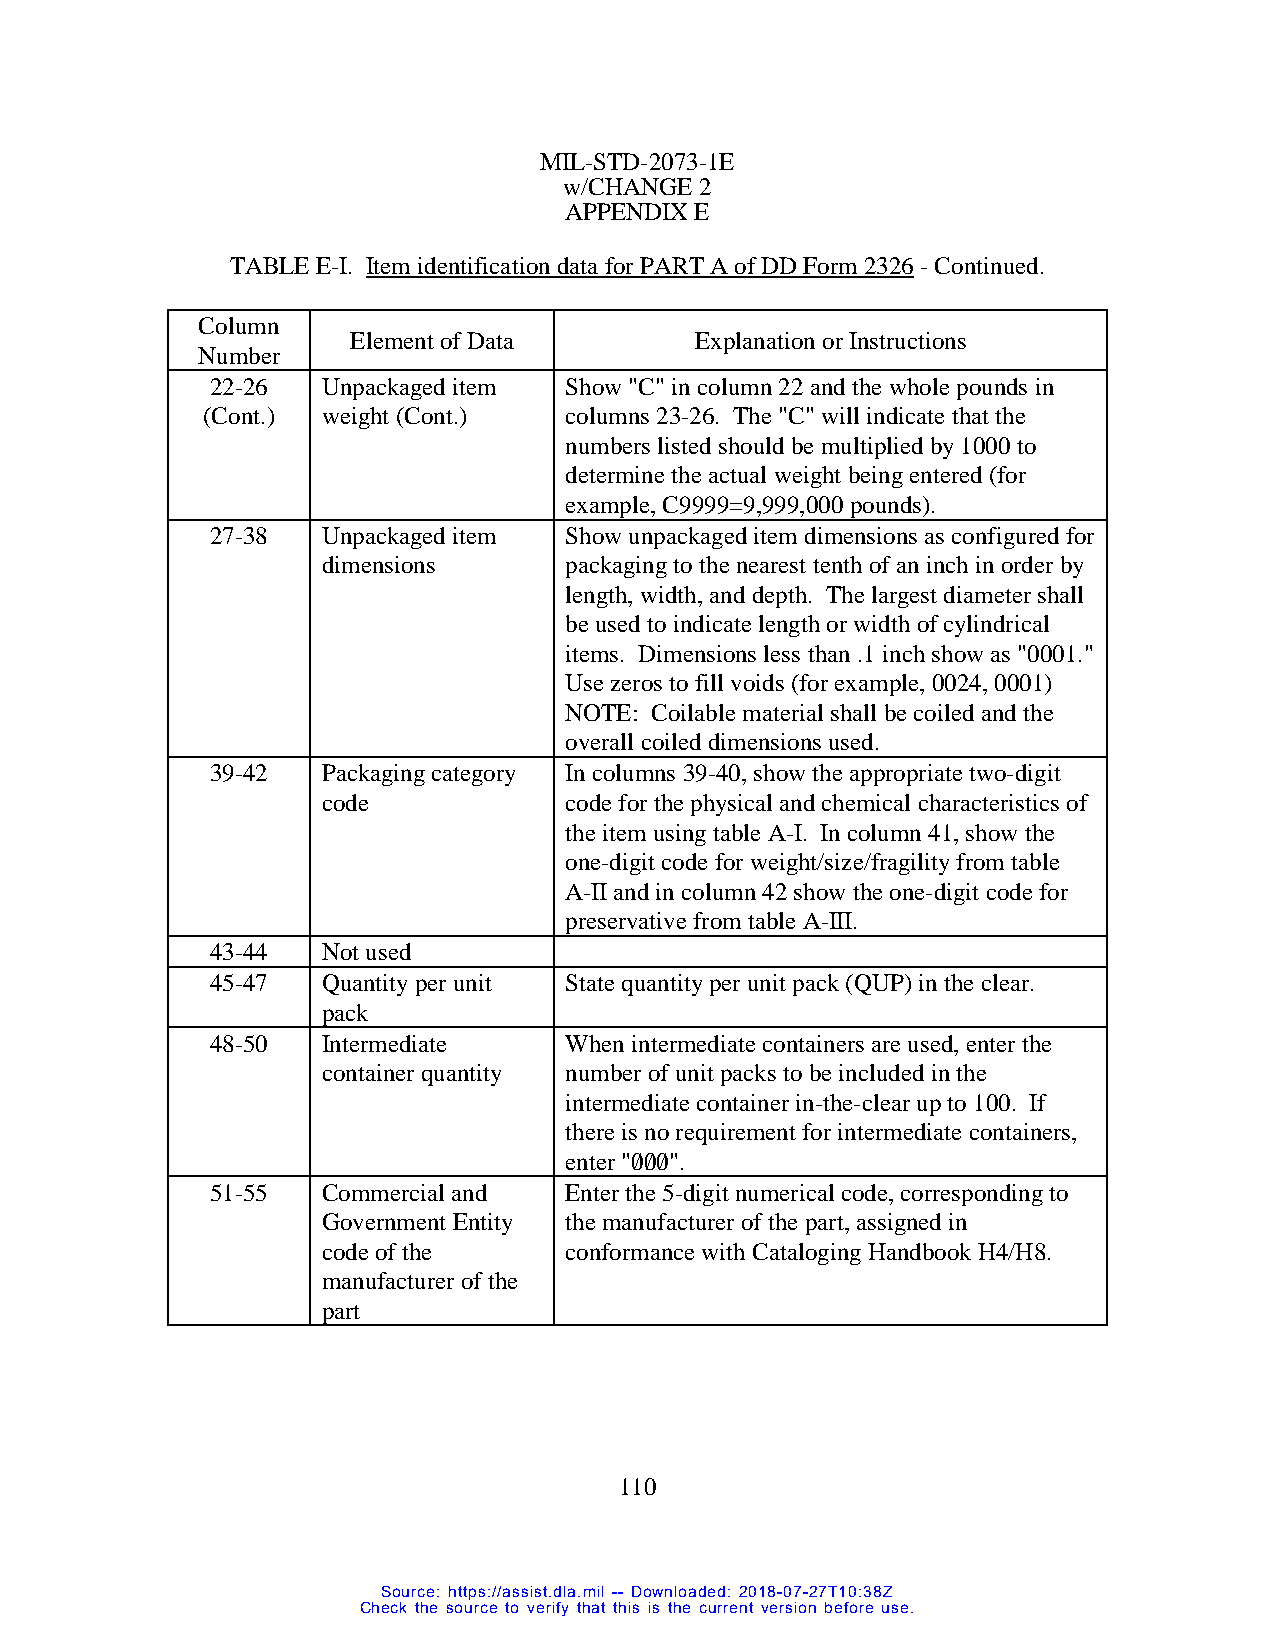
MIL-STD-2073-1E
 w/CHANGE 2
 APPENDIX E
 TABLE E-I. Item identification data for PART A of DD Form 2326 - Continued.
 Column
 Element of Data        Explanation or Instructions
 Number
 22-26  Unpackaged item Show "C" in column 22 and the whole pounds in
 (Cont.) weight (Cont.)  columns 23-26. The "C" will indicate that the
 numbers listed should be multiplied by 1000 to
 determine the actual weight being entered (for
 example, C9999=9,999,000 pounds).
 27-38  Unpackaged item Show unpackaged item dimensions as configured for
 dimensions      packaging to the nearest tenth of an inch in order by
 length, width, and depth. The largest diameter shall
 be used to indicate length or width of cylindrical
 items. Dimensions less than .1 inch show as "0001."
 Use zeros to fill voids (for example, 0024, 0001)
 NOTE: Coilable material shall be coiled and the
 overall coiled dimensions used.
 39-42  Packaging category In columns 39-40, show the appropriate two-digit
 code            code for the physical and chemical characteristics of
 the item using table A-I. In column 41, show the
 one-digit code for weight/size/fragility from table
 A-II and in column 42 show the one-digit code for
 preservative from table A-III.
 43-44  Not used
 45-47  Quantity per unit State quantity per unit pack (QUP) in the clear.
 pack
 48-50  Intermediate    When intermediate containers are used, enter the
 container quantity number of unit packs to be included in the
 intermediate container in-the-clear up to 100. If
 there is no requirement for intermediate containers,
 enter "0/0/0/".
 51-55  Commercial and  Enter the 5-digit numerical code, corresponding to
 Government Entity the manufacturer of the part, assigned in
 code of the     conformance with Cataloging Handbook H4/H8.
 manufacturer of the
 part
 110
 Source: https://assist.dla.mil -- Downloaded: 2018-07-27T10:38Z
 Check the source to verify that this is the current version before use.